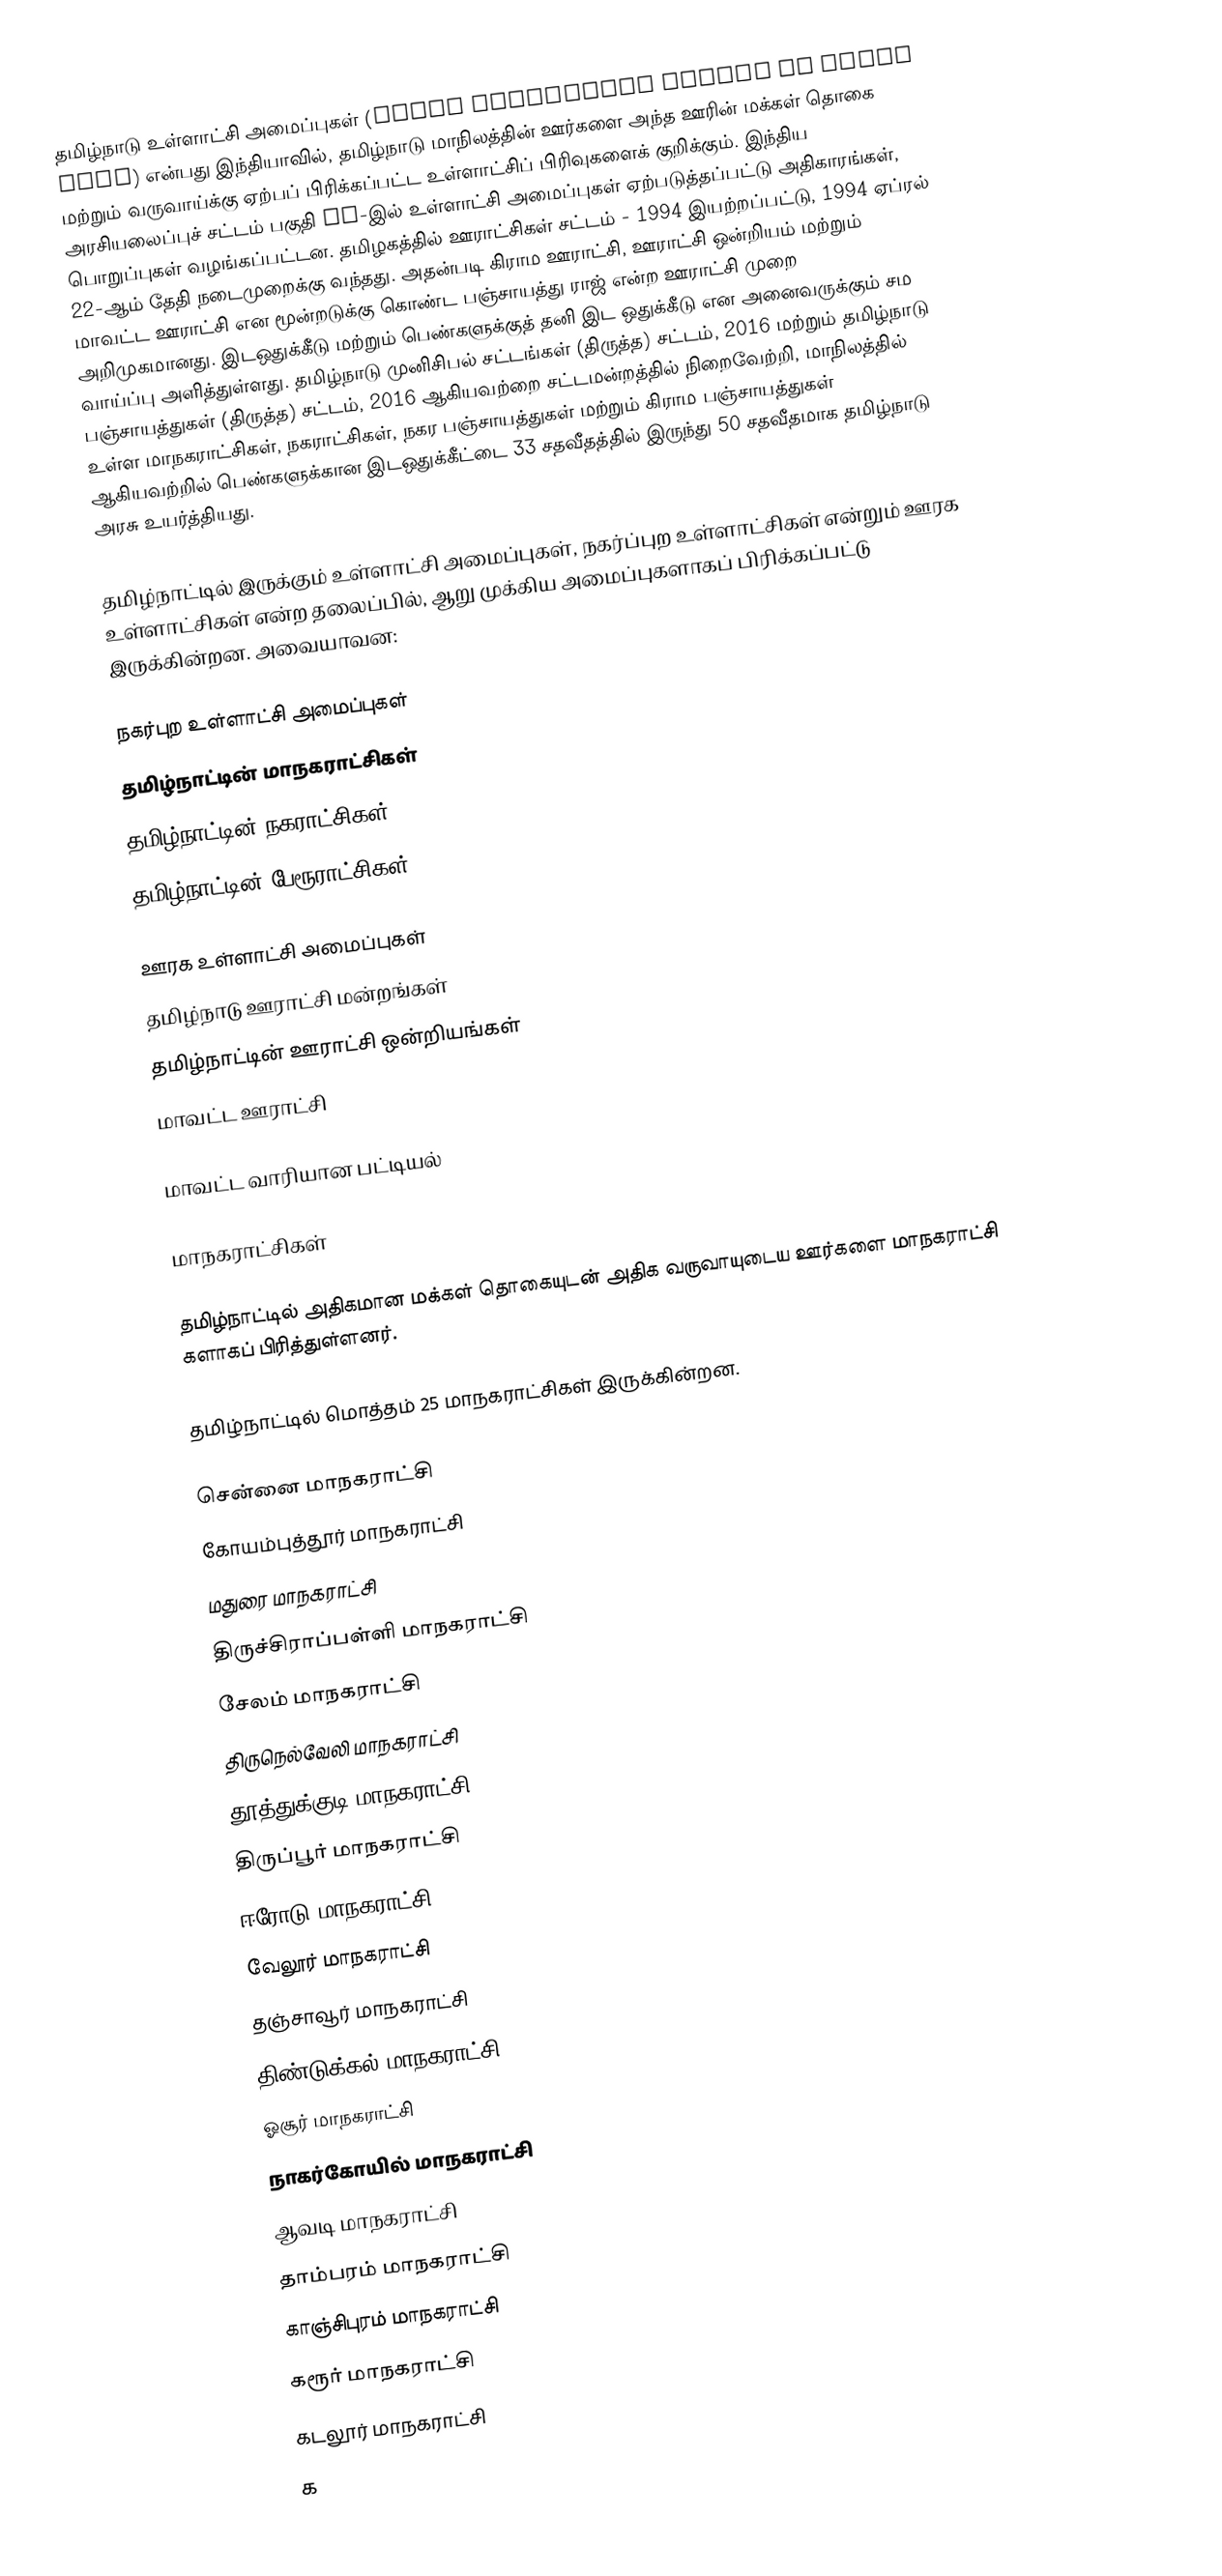
தமிழ்நாடு உள்ளாட்சி அமைப்புகள் (Local government bodies in Tamil Nadu) என்பது இந்தியாவில், தமிழ்நாடு மாநிலத்தின் ஊர்களை அந்த ஊரின் மக்கள் தொகை மற்றும் வருவாய்க்கு ஏற்பப் பிரிக்கப்பட்ட உள்ளாட்சிப் பிரிவுகளைக் குறிக்கும். இந்திய அரசியலைப்புச் சட்டம் பகுதி IV-இல் உள்ளாட்சி அமைப்புகள் ஏற்படுத்தப்பட்டு அதிகாரங்கள், பொறுப்புகள் வழங்கப்பட்டன. தமிழகத்தில் ஊராட்சிகள் சட்டம் - 1994 இயற்றப்பட்டு, 1994 ஏப்ரல் 22-ஆம் தேதி நடைமுறைக்கு வந்தது. அதன்படி கிராம ஊராட்சி, ஊராட்சி ஒன்றியம் மற்றும் மாவட்ட ஊராட்சி என மூன்றடுக்கு கொண்ட பஞ்சாயத்து ராஜ் என்ற ஊராட்சி முறை அறிமுகமானது. இடஒதுக்கீடு மற்றும் பெண்களுக்குத் தனி இட ஒதுக்கீடு என அனைவருக்கும் சம வாய்ப்பு அளித்துள்ளது. தமிழ்நாடு முனிசிபல் சட்டங்கள் (திருத்த) சட்டம், 2016 மற்றும் தமிழ்நாடு பஞ்சாயத்துகள் (திருத்த) சட்டம், 2016 ஆகியவற்றை சட்டமன்றத்தில் நிறைவேற்றி, மாநிலத்தில் உள்ள மாநகராட்சிகள், நகராட்சிகள், நகர பஞ்சாயத்துகள் மற்றும் கிராம பஞ்சாயத்துகள் ஆகியவற்றில் பெண்களுக்கான இடஒதுக்கீட்டை 33 சதவீதத்தில் இருந்து 50 சதவீதமாக தமிழ்நாடு அரசு உயர்த்தியது.

தமிழ்நாட்டில் இருக்கும் உள்ளாட்சி அமைப்புகள், நகர்ப்புற உள்ளாட்சிகள் என்றும் ஊரக உள்ளாட்சிகள் என்ற தலைப்பில், ஆறு முக்கிய அமைப்புகளாகப் பிரிக்கப்பட்டு இருக்கின்றன. அவையாவன:

நகர்புற உள்ளாட்சி அமைப்புகள்
 தமிழ்நாட்டின் மாநகராட்சிகள்
 தமிழ்நாட்டின் நகராட்சிகள்
 தமிழ்நாட்டின் பேரூராட்சிகள்

ஊரக உள்ளாட்சி அமைப்புகள்
 தமிழ்நாடு ஊராட்சி மன்றங்கள்
 தமிழ்நாட்டின் ஊராட்சி ஒன்றியங்கள்
 மாவட்ட ஊராட்சி

மாவட்ட வாரியான பட்டியல்

மாநகராட்சிகள்

தமிழ்நாட்டில் அதிகமான மக்கள் தொகையுடன் அதிக வருவாயுடைய ஊர்களை மாநகராட்சி களாகப் பிரித்துள்ளனர்.

தமிழ்நாட்டில் மொத்தம் 25 மாநகராட்சிகள் இருக்கின்றன.

 சென்னை மாநகராட்சி
 கோயம்புத்தூர் மாநகராட்சி
 மதுரை மாநகராட்சி
 திருச்சிராப்பள்ளி மாநகராட்சி
 சேலம் மாநகராட்சி
 திருநெல்வேலி மாநகராட்சி
 தூத்துக்குடி மாநகராட்சி
 திருப்பூர் மாநகராட்சி
 ஈரோடு மாநகராட்சி
 வேலூர் மாநகராட்சி
 தஞ்சாவூர் மாநகராட்சி
 திண்டுக்கல் மாநகராட்சி
 ஓசூர் மாநகராட்சி
 நாகர்கோயில் மாநகராட்சி
 ஆவடி மாநகராட்சி
 தாம்பரம் மாநகராட்சி
 காஞ்சிபுரம் மாநகராட்சி
 கரூர் மாநகராட்சி
 கடலூர் மாநகராட்சி
 க